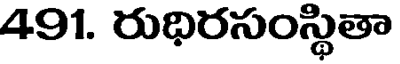
491. రుధిరసంస్థితా